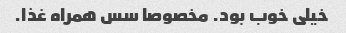
خیلی خوب بود. مخصوصا سس همراه غذا.